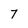
Character: 7